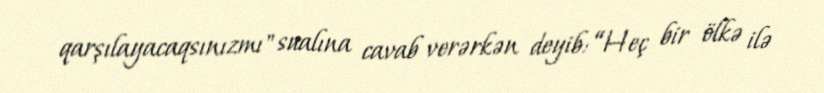
qarşılayacaqsınızmı" sualına cavab verərkən deyib: “Heç bir ölkə ilə